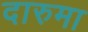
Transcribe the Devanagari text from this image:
दारुमा